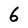
Character: 6